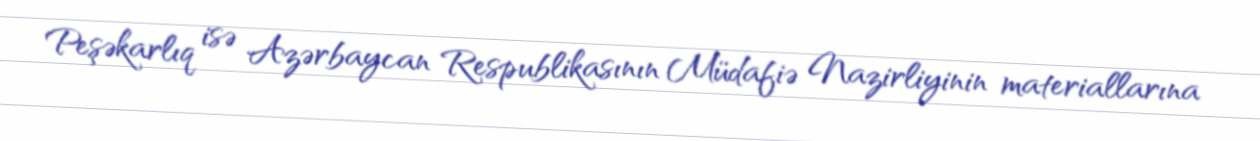
Peşəkarlıq isə Azərbaycan Respublikasının Müdafiə Nazirliyinin materiallarına